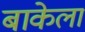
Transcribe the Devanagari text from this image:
बाकेला